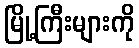
မြို့ကြီးများကို